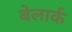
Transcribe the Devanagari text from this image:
बेलार्क